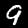
Digit: 9